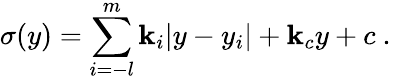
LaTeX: \sigma(y)=\sum_{i=-l}^{m}\mathbf{k}_{i}|y-y_{i}|+\mathbf{k}_{c}y+c~.~\,